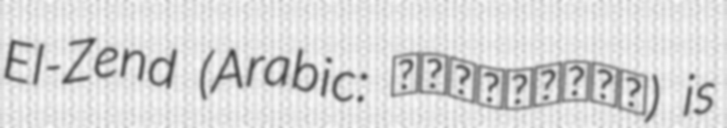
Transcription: El-Zend (Arabic: أحمدالزند) is